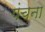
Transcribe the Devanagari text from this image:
पंचना